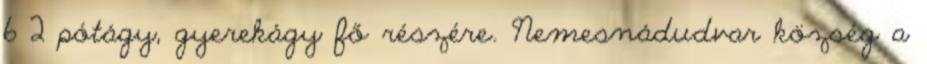
6 2 pótágy, gyerekágy fő részére. Nemesnádudvar község a